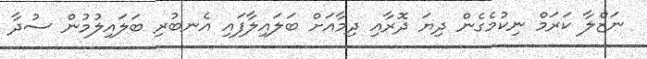
ނަޒްލާ ކަރަމް ނިކުމެގެން ދިޔަ ދޮރާއި ދިމާއަށް ބަލައިލާފައި އެނބުރި ބަލައިލުމުން ސުދާ